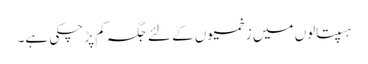
ہسپتالوں میں زخمیوں کے لئے جگہ کم پڑ چکی ہے۔